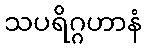
သပရိဂ္ဂဟာနံ